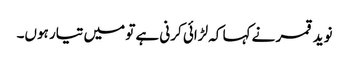
نوید قمر نے کہا کہ لڑائی کرنی ہے تو میں تیار ہوں۔